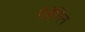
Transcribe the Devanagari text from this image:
एडेनिन